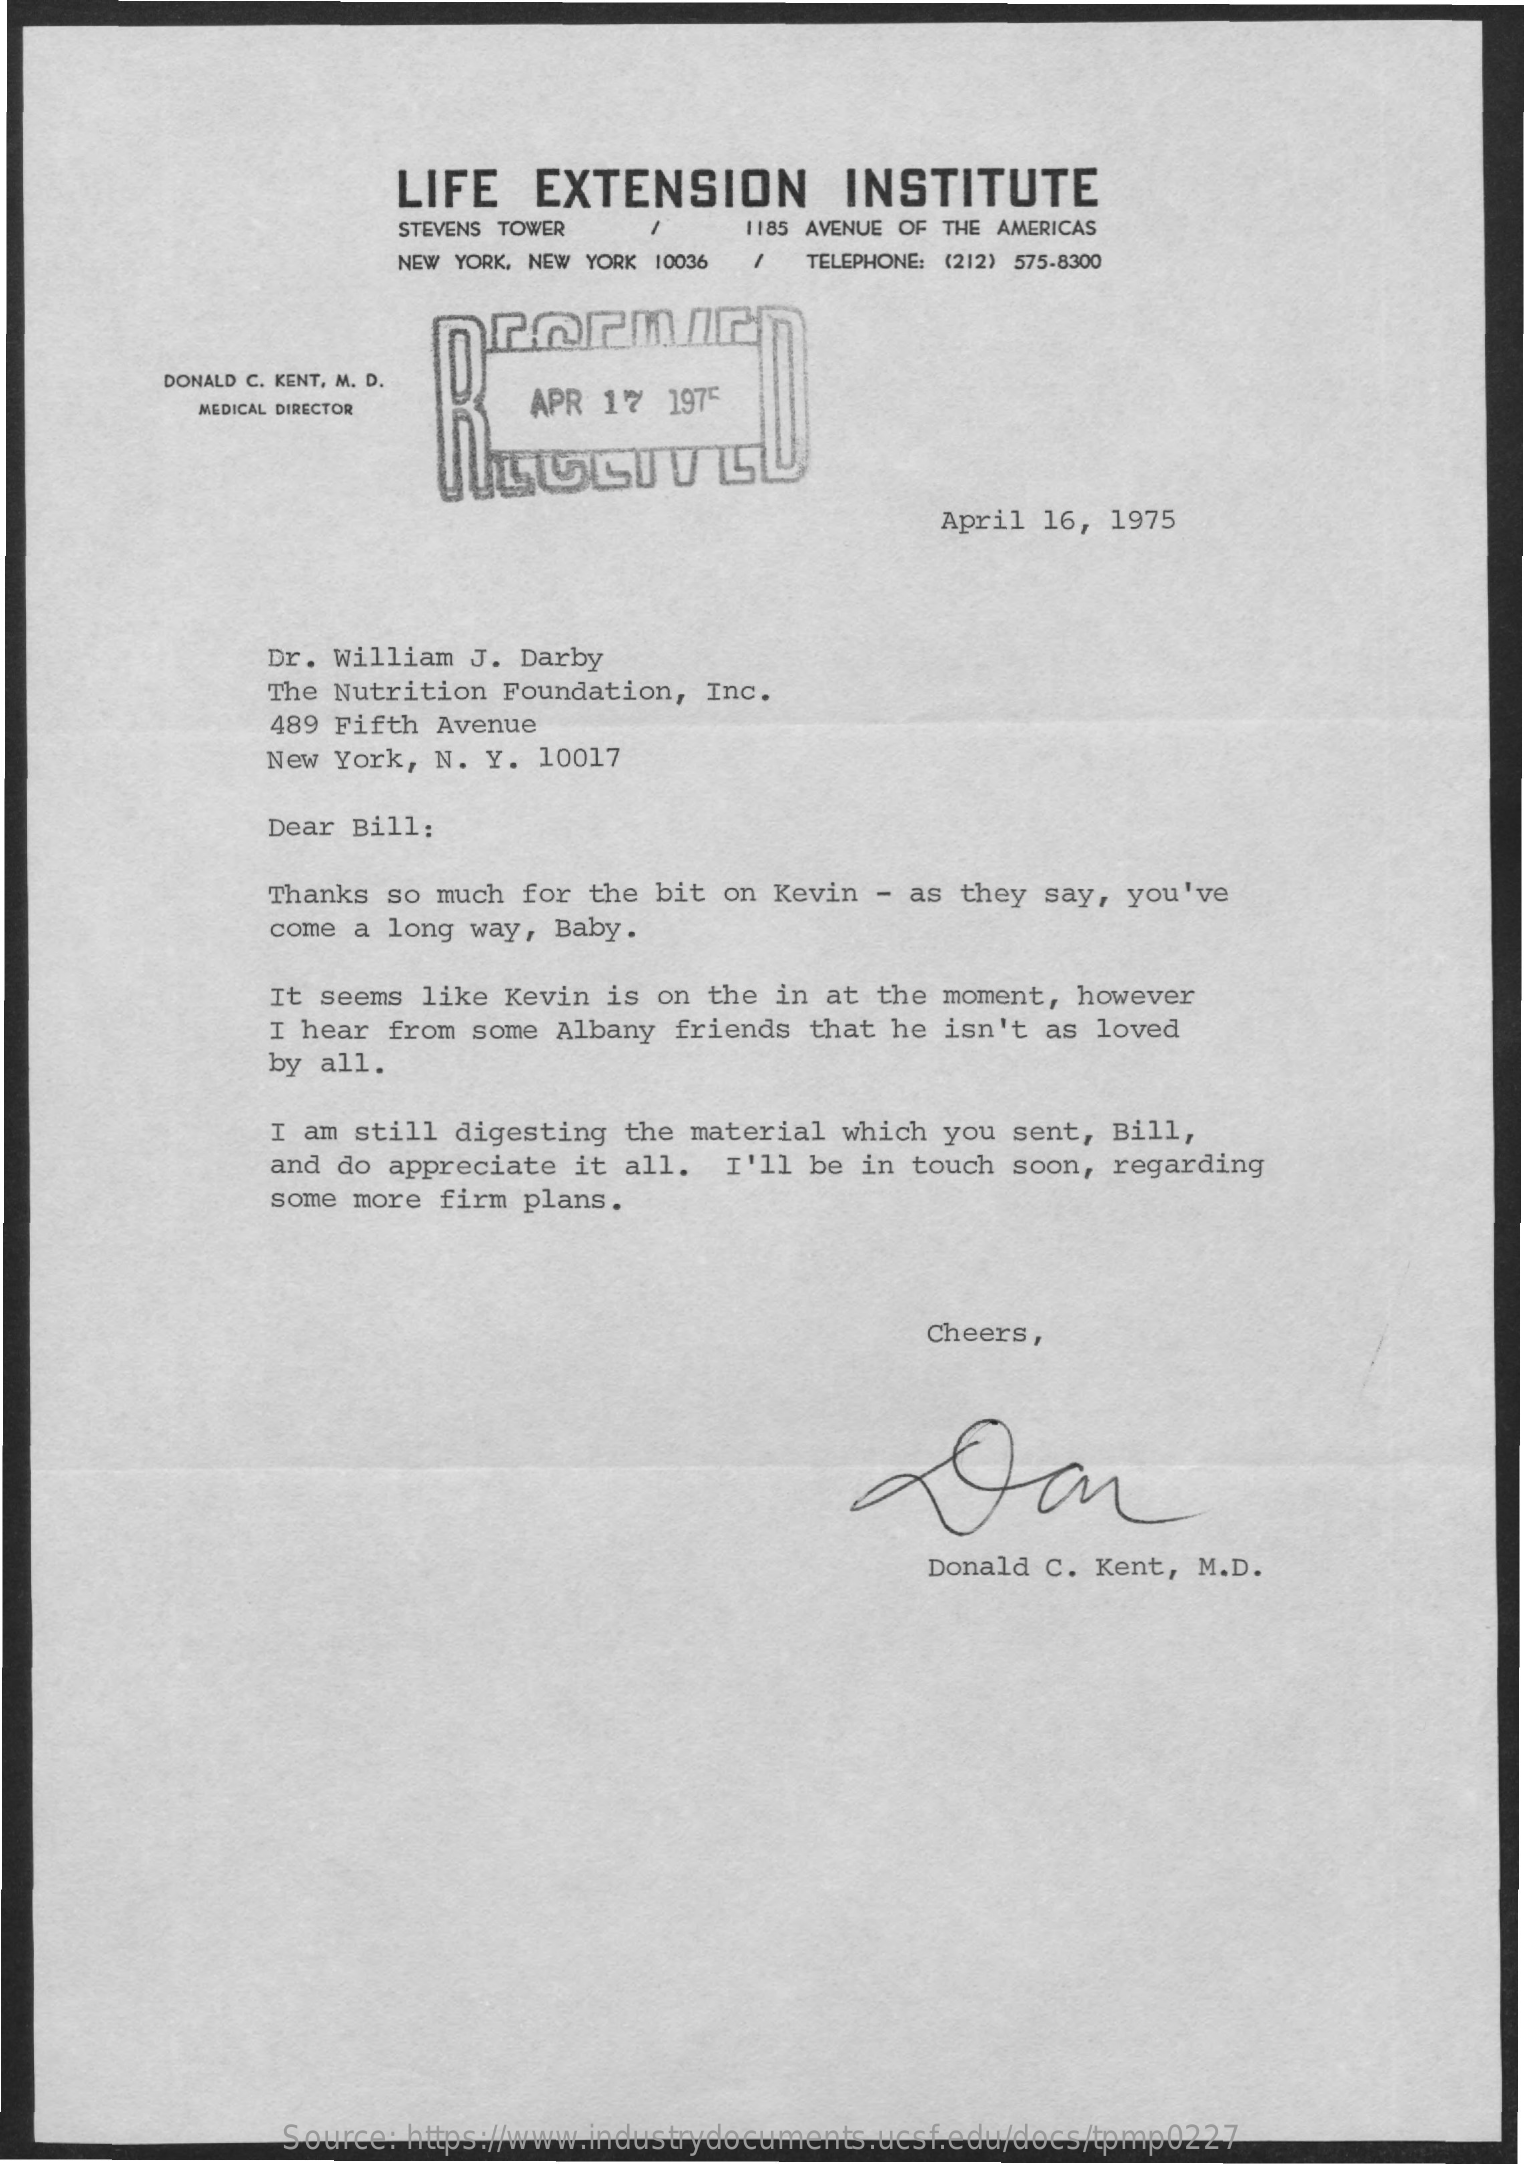
LIFE    EXTENSION    INSTITUTE
     STEVENS TOWER    1185 AVENUE OF THE AMERICAS
     NEW YORK, NEW YORK 10036 TELEPHONE: (212) 575-8300
     DONALD C. KENT, M. D.
     MEDICAL DIRECTOR    APR 17  1975
     April 16,  1975
     Dr. William J. Darby
     The Nutrition Foundation,  Inc.
     489 Fifth Avenue
     New York, N. Y. 10017
     Dear Bill:
     Thanks so much for  the bit on Kevin - as they  say, you've
     come a long way, Baby.
     It seems like Kevin  is on the in at the moment,  however
     I hear from some Albany  friends that he isn't  as loved
     by all.
     I am still digesting  the material which you  sent, Bill,
     and do appreciate  it all.  I'll be in touch soon,  regarding
     some more firm plans.
     Cheers,
     Donald C. Kent, M.D.
     Source: https://www.industrydocuments.ucsf.edu/docs/tpmp0227